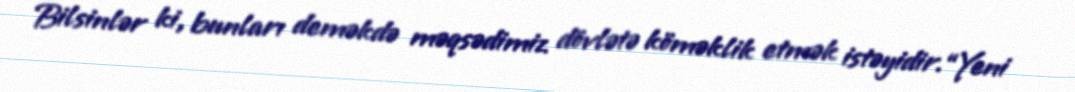
Bilsinlər ki, bunları deməkdə məqsədimiz dövlətə köməklik etmək istəyidir.“Yeni